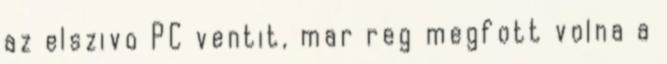
az elszivo PC ventit, mar reg megfott volna a